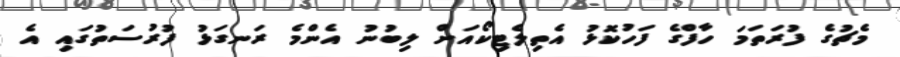
މެޗުގެ ފުރަތަމަ ހާފްގެ ފަހުކޮޅު އެތިލެޓިކޯއަށް ލިބުނު އެންމެ ރަނގަޅު ފުރުސަތުގައި އެ